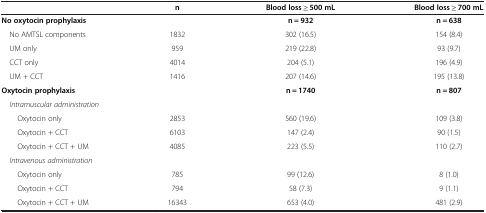
|  | n | Blood loss ≥ 500 mL | Blood loss ≥ 700 mL |
 | --- | --- | --- | --- |
 | No oxytocin prophylaxis |  | n = 932 | n = 638 |
 | No AMTSL components | 1832 | 302 (16.5) | 154 (8.4) |
 | UM only | 959 | 219 (22.8) | 93 (9.7) |
 | CCT only | 4014 | 204 (5.1) | 196 (4.9) |
 | UM + CCT | 1416 | 207 (14.6) | 195 (13.8) |
 | Oxytocin prophylaxis |  | n = 1740 | n = 807 |
 | Intramuscular administration |  |  |  |
 | Oxytocin only | 2853 | 560 (19.6) | 109 (3.8) |
 | Oxytocin + CCT | 6103 | 147 (2.4) | 90 (1.5) |
 | Oxytocin + CCT + UM | 4085 | 223 (5.5) | 110 (2.7) |
 | Intravenous administration |  |  |  |
 | Oxytocin only | 785 | 99 (12.6) | 8 (1.0) |
 | Oxytocin + CCT | 794 | 58 (7.3) | 9 (1.1) |
 | Oxytocin + CCT + UM | 16343 | 653 (4.0) | 481 (2.9) |